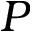
\cal { P }